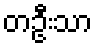
တဦးသာ